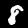
Digit: 8